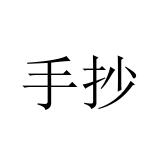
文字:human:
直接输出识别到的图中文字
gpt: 手抄